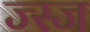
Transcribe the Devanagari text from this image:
ज्स्ज